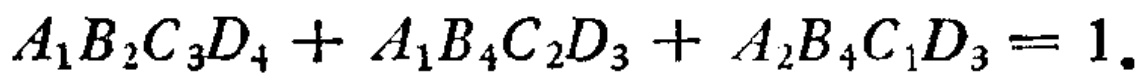
\(A_{1}B_{2}C_{3}D_{4}+A_{1}B_{4}C_{2}D_{3}+A_{2}B_{4}C_{1}D_{3}=1.\)